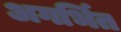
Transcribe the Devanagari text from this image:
अगर्भित